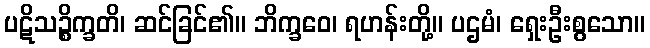
ပဋိသဉ္စိက္ခတိ၊ ဆင်ခြင်၏။ ဘိက္ခဝေ၊ ရဟန်းတို့။ ပဌမံ၊ ရှေးဦးစွသော။